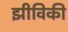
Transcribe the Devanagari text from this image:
झीविकी